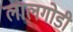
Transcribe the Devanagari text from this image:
लालगोडी